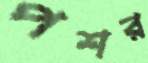
পশর